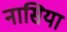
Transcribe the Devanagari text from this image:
नासिया